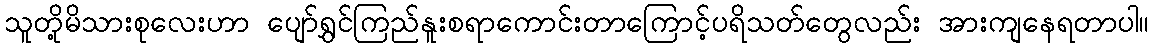
သူတို့မိသားစုလေးဟာ ပျော်ရွှင်ကြည်နူးစရာကောင်းတာကြောင့်ပရိသတ်တွေလည်း အားကျနေရတာပါ။